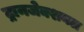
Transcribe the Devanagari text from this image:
ट्रानजेक्शनल